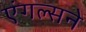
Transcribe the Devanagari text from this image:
एंगल्सने